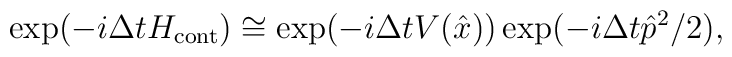
\exp(-i\Delta t H_{\rm cont})       \cong \exp(-i\Delta t V(\hat{x}))             \exp(-i\Delta t \hat{p}^{2}/2),